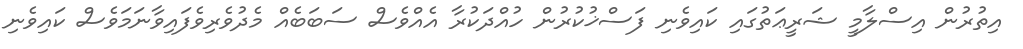
އިތުރުން އިސްލާމީ ޝަރީޢަތުގައި ކައިވެނި ފަސްޚުކުރުން ހުއްދަކުރާ އެއްވެސް ސަބަބެއް މެދުވެރިވެފައިވާނަމަވެސް ކައިވެނި